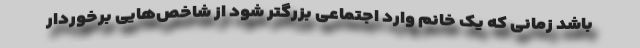
باشد زمانی که یک خانم وارد اجتماعی بزرگتر شود از شاخص‌هایی برخوردار